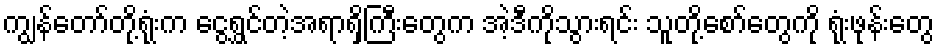
ကျွန်တော်တို့ရုံးက ငွေရွှင်တဲ့အရာရှိကြီးတွေက အဲ့ဒီကိုသွားရင်း သူတို့စော်တွေကို ရုံးဖုန်းတွေ